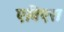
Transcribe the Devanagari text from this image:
एविएस